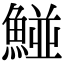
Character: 𩹁